Annual report of the Punjab Veterinary College and of the Civil Veterinary Department, Punjab - 1894-1908
Year: 1894
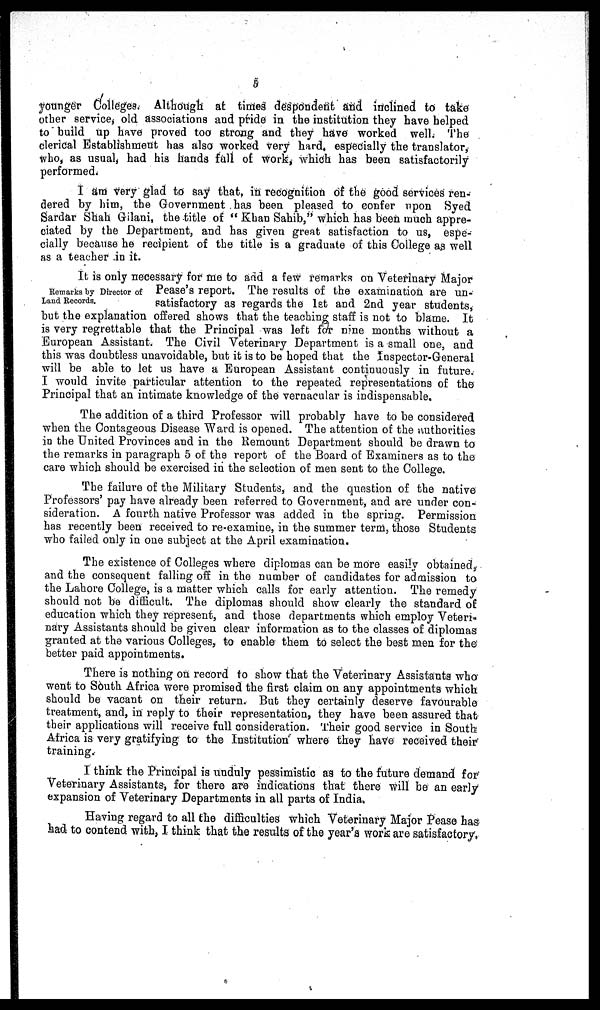
5
younger Colleges. Although at times despondent and inclined to take
other service, old associations and pride in the institution they have helped
to build up have proved too strong and they have worked well. The
clerical Establishment has also worked very hard, especially the translator,
who, as usual, had his hands full of work, which has been satisfactorily
performed.
I am very glad to say that, in recognition of the good services ren-
dered by him, the Government has been pleased to confer upon Syed
Sardar Shah Gilani, the title of " Khan Sahib," which has been much appre-
ciated by the Department, and has given great satisfaction to us, espe-
cially because he recipient of the title is a graduate of this College as well
as a teacher in it.
Remarks by Director of
Land Records.
It is only necessary for me to and a few remarks on Veterinary Major
Pease's report. The results of the examination are un-
satisfactory as regards the 1st and 2nd year students,
but the explanation offered shows that the teaching staff is not to blame. It
is very regrettable that the Principal was left for nine months without a
European Assistant. The Civil Veterinary Department is a small one, and
this was doubtless unavoidable, but it is to be hoped that the Inspector-General
will be able to let us have a European Assistant continuously in future.
I would invite particular attention to the repeated representations of the
Principal that an intimate knowledge of the vernacular is indispensable.
The addition of a third Professor will probably have to be considered
when the Contageous Disease Ward is opened. The attention of the authorities
in the United Provinces and in the Remount Department should be drawn to
the remarks in paragraph 5 of the report of the Board of Examiners as to the
care which should be exercised in the selection of men sent to the College.
The failure of the Military Students, and the question of the native
Professors' pay have already been referred to Government, and are under con-
sideration. A fourth native Professor was added in the spring. Permission
has recently been received to re-examine, in the summer term, those Students
who failed only in one subject at the April examination.
The existence of Colleges where diplomas can be more easily obtained,
and the consequent falling off in the number of candidates for admission to
the Lahore College, is a matter which calls for early attention. The remedy
should not be difficult. The diplomas should show clearly the standard of
education which they represent, and those departments which employ Veteri-
nary Assistants should be given clear information as to the classes of diplomas
granted at the various Colleges, to enable them to select the best men for the
better paid appointments.
There is nothing on record to show that the Veterinary Assistants who
went to South Africa were promised the first claim on any appointments which
should be vacant on their return. But they certainly deserve favourable
treatment, and, in reply to their representation, they have been assured that
their applications will receive full consideration. Their good service in South
Africa is very gratifying to the Institution where they have received their
training.
I think the Principal is unduly pessimistic as to the future demand for
Veterinary Assistants, for there are indications that there will be an early
expansion of Veterinary Departments in all parts of India.
Having regard to all the difficulties which Veterinary Major Pease has
had to contend with, I think that the results of the year's work are satisfactory.